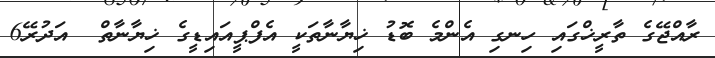
ރާއްޖޭގެ ތާރީޚްގައި ހިނގި އެންމެ ބޮޑު ޚިޔާނާތަކީ އެފްޕީއައިޑީގެ ޚިޔާނާތް  އަދުރޭ6